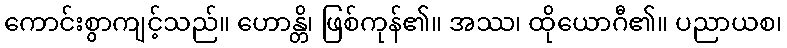
ကောင်းစွာကျင့်သည်။ ဟောန္တိ၊ ဖြစ်ကုန်၏။ အဿ၊ ထိုယောဂီ၏။ ပညာယစ၊